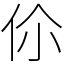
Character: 伱